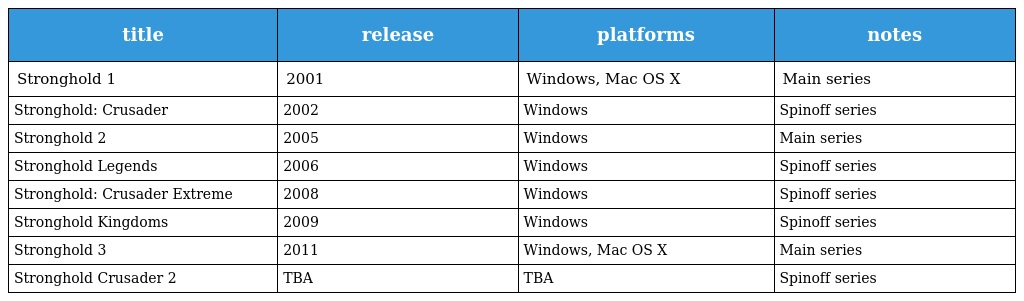
| title | release | platforms | notes |
 | --- | --- | --- | --- |
 | Stronghold 1 | 2001 | Windows, Mac OS X | Main series |
 | Stronghold: Crusader | 2002 | Windows | Spinoff series |
 | Stronghold 2 | 2005 | Windows | Main series |
 | Stronghold Legends | 2006 | Windows | Spinoff series |
 | Stronghold: Crusader Extreme | 2008 | Windows | Spinoff series |
 | Stronghold Kingdoms | 2009 | Windows | Spinoff series |
 | Stronghold 3 | 2011 | Windows, Mac OS X | Main series |
 | Stronghold Crusader 2 | TBA | TBA | Spinoff series |